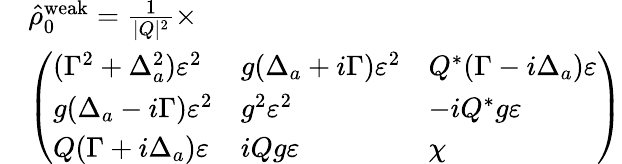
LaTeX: \begin{array}{rl}&{\hat{\rho}_{0}^{\mathrm{weak}}=\frac{1}{|Q|^{2}}\times}\\ &{\left(\begin{array}{lll}{(\Gamma^{2}+\Delta_{a}^{2})\varepsilon^{2}}&{g(\Delta_{a}+i\Gamma)\varepsilon^{2}}&{Q^{*}(\Gamma-i\Delta_{a})\varepsilon}\\ {g(\Delta_{a}-i\Gamma)\varepsilon^{2}}&{g^{2}\varepsilon^{2}}&{-iQ^{*}g\varepsilon}\\ {Q(\Gamma+i\Delta_{a})\varepsilon}&{iQg\varepsilon}&{\chi}\end{array}\right)}\end{array}